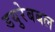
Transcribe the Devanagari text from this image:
डयुरेबबल